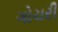
ગોચરી